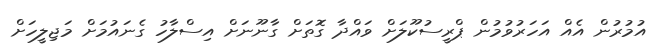
އުމުރުން އެއް އަހަރުވުމުން ޕްރީސުކޫލަށް ވައްދާ ގޮތަށް ގާނޫނަށް އިސްލާހު ގެނައުމަށް މަޖިލީހަށް